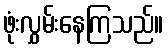
ဖုံးလွှမ်းနေကြသည်။